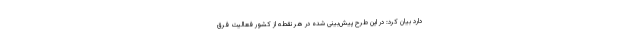
دارد بیان کرد: در این طرح پیش‌بینی شده در هر نقطه از کشور فعالیت فرق